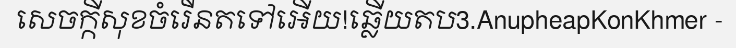
សេចក្កីសុខចំរើនតទៅអើយ!ឆ្លើយតប3.AnupheapKonKhmer -